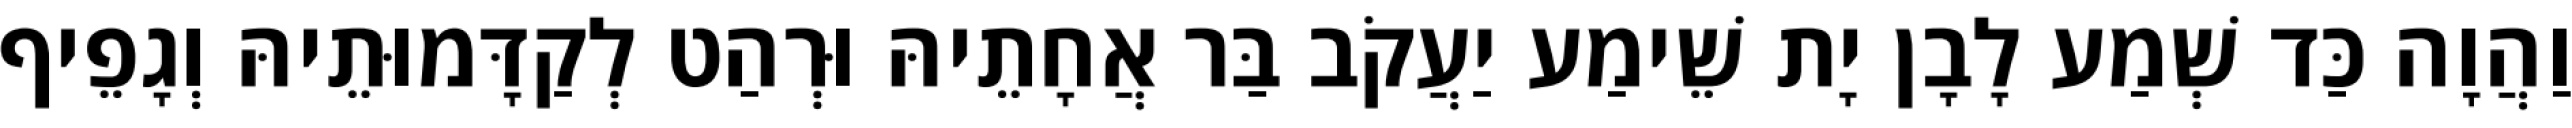
וַהֲוָה כַּד שְׁמַע לָבָן יָת שֵׁימַע יַעֲקֹב בַּר אֲחָתֵיהּ וּרְהַט לְקַדָּמוּתֵיהּ וְגָפֵיף